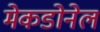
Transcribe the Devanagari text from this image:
मेकडोनेल